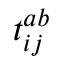
t _ { i j } ^ { a b }